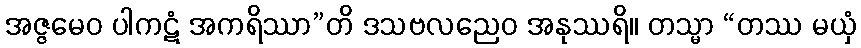
အဇ္ဇမေဝ ပါကဋံ အကရိဿာ”တိ ဒသဗလညေဝ အနုဿရိ။ တသ္မာ “တဿ မယှံ